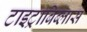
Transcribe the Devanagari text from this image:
टाइट्राबिब्लास